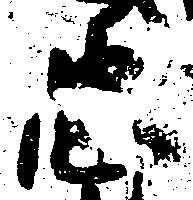
忠